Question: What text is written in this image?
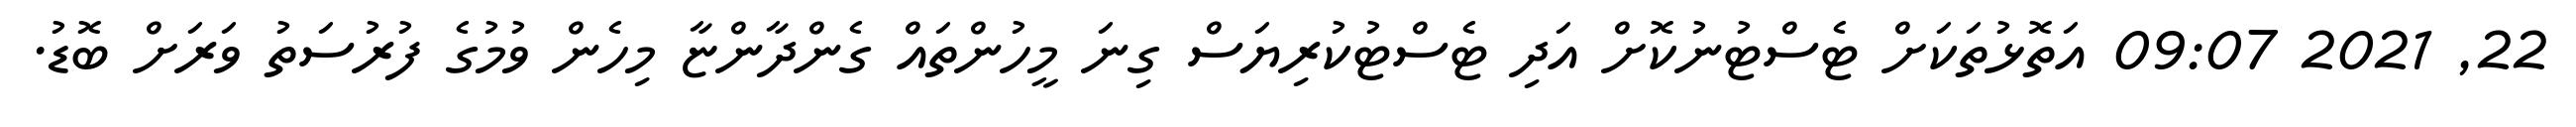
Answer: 22, 2021 09:07 އަތޮޅުތަކަށް ޓެސްޓުނުކޮށް އަދި ޓެސްޓުކުރިޔަސް ގިނަ މީހުންތައް ގެންދާންޏާ މިހެން ވުމުގެ ފުރުސަތު ވަރަށް ބޮޑު.